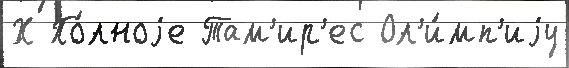
Х По́лноjе Там'ир'ес Ол'и́мп'иjу